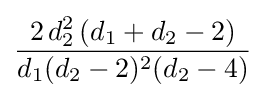
{\frac {2\,d_{2}^{2}\,(d_{1}+d_{2}-2)}{d_{1}(d_{2}-2)^{2}(d_{2}-4)}}\!